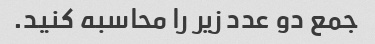
جمع دو عدد زیر را محاسبه کنید.